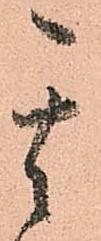
其